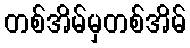
တစ်အိမ်မှတစ်အိမ်